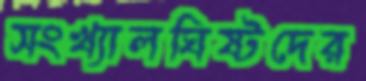
সংখ্যালঘিষ্টদের